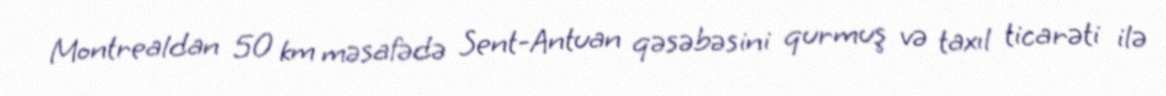
Montrealdan 50 km məsafədə Sent-Antuan qəsəbəsini qurmuş və taxıl ticarəti ilə